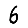
Digit: 6